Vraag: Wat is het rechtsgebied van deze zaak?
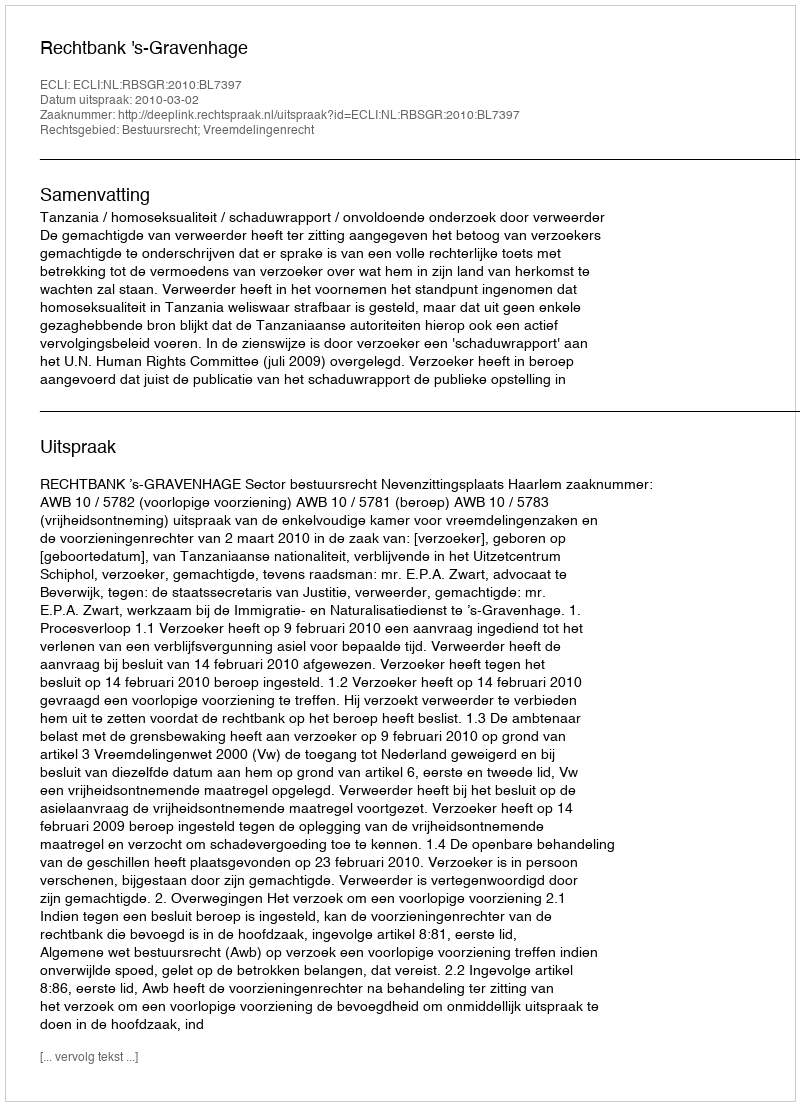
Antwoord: Bestuursrecht; Vreemdelingenrecht